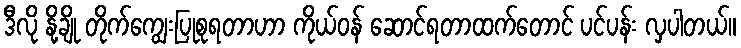
ဒီလို နို့ချို တိုက်ကျွေးပြုစုရတာဟာ ကိုယ်ဝန် ဆောင်ရတာထက်တောင် ပင်ပန်း လှပါတယ်။